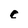
Character: c